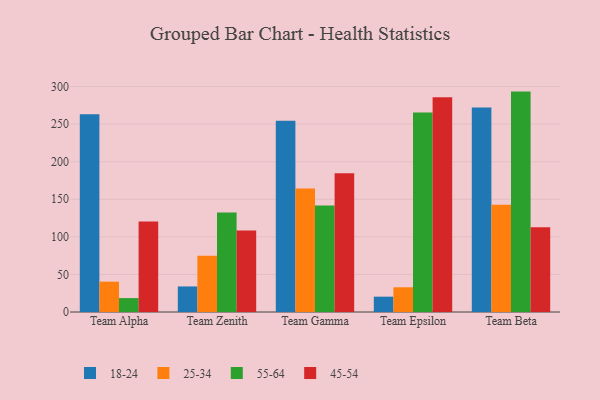
{"axis": {"x": "Team", "y": "Shipments"}, "legend": ["18-24", "25-34", "45-54", "55-64"], "data": [{"x": "Team Alpha", "y": 263.3, "type": "18-24"}, {"x": "Team Alpha", "y": 40.4, "type": "25-34"}, {"x": "Team Alpha", "y": 18.5, "type": "55-64"}, {"x": "Team Alpha", "y": 120.6, "type": "45-54"}, {"x": "Team Zenith", "y": 34.0, "type": "18-24"}, {"x": "Team Zenith", "y": 74.7, "type": "25-34"}, {"x": "Team Zenith", "y": 132.4, "type": "55-64"}, {"x": "Team Zenith", "y": 108.5, "type": "45-54"}, {"x": "Team Gamma", "y": 254.4, "type": "18-24"}, {"x": "Team Gamma", "y": 164.4, "type": "25-34"}, {"x": "Team Gamma", "y": 141.6, "type": "55-64"}, {"x": "Team Gamma", "y": 184.5, "type": "45-54"}, {"x": "Team Epsilon", "y": 20.4, "type": "18-24"}, {"x": "Team Epsilon", "y": 32.9, "type": "25-34"}, {"x": "Team Epsilon", "y": 265.4, "type": "55-64"}, {"x": "Team Epsilon", "y": 285.8, "type": "45-54"}, {"x": "Team Beta", "y": 272.3, "type": "18-24"}, {"x": "Team Beta", "y": 142.7, "type": "25-34"}, {"x": "Team Beta", "y": 293.3, "type": "55-64"}, {"x": "Team Beta", "y": 112.9, "type": "45-54"}]}